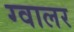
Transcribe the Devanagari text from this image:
ग्वालर